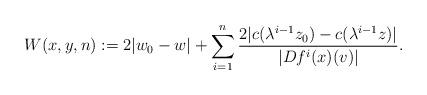
LaTeX: \begin{align*}W(x,y,n):=2|w_0-w|+\sum_{i=1}^{n}\frac{2|c(\lambda^{i-1}z_0)-c(\lambda^{i-1}z)|}{|Df^i(x)(v)|}.\end{align*}